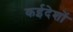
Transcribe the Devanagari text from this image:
कईदेशों